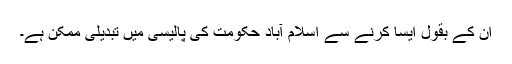
ان کے بقول ایسا کرنے سے اسلام آباد حکومت کی پالیسی میں تبدیلی ممکن ہے۔